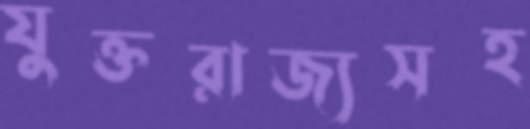
যুক্তরাজ্যসহ